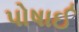
પોષાઈ